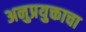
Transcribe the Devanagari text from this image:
अनुप्रयुक्ताचा